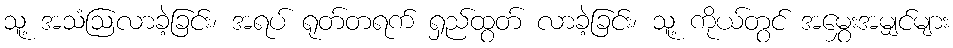
သူ့ အသံဩလာခဲ့ခြင်း၊ အရပ် ရုတ်တရက် ရှည်ထွတ် လာခဲ့ခြင်း၊ သူ့ ကိုယ်တွင် အမွှေးအမျှင်များ